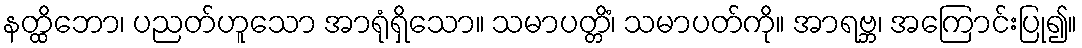
နတ္ထိဘော၊ ပညတ်ဟူသော အာရုံရှိသော။ သမာပတ္တိံ၊ သမာပတ်ကို။ အာရဗ္ဘ၊ အကြောင်းပြု၍။